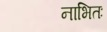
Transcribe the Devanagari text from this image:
नाभितः